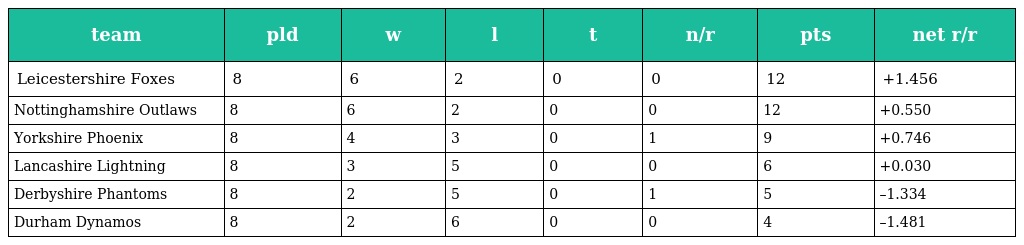
| team | pld | w | l | t | n/r | pts | net r/r |
 | --- | --- | --- | --- | --- | --- | --- | --- |
 | Leicestershire Foxes | 8 | 6 | 2 | 0 | 0 | 12 | +1.456 |
 | Nottinghamshire Outlaws | 8 | 6 | 2 | 0 | 0 | 12 | +0.550 |
 | Yorkshire Phoenix | 8 | 4 | 3 | 0 | 1 | 9 | +0.746 |
 | Lancashire Lightning | 8 | 3 | 5 | 0 | 0 | 6 | +0.030 |
 | Derbyshire Phantoms | 8 | 2 | 5 | 0 | 1 | 5 | –1.334 |
 | Durham Dynamos | 8 | 2 | 6 | 0 | 0 | 4 | –1.481 |